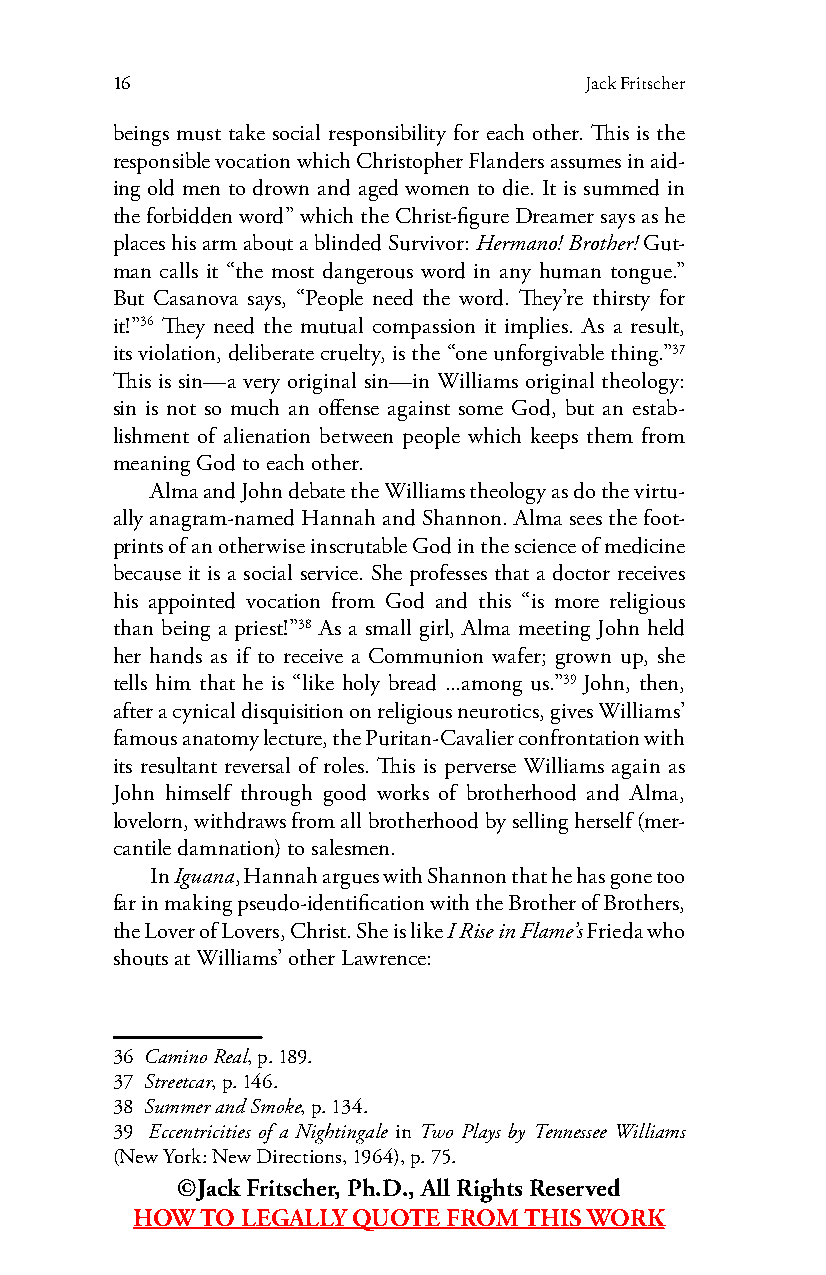
16                              Jack Fritscher
 beings must take social responsibility for each other. This is the
 responsible vocation which Christopher Flanders assumes in aid-
 ing old men to drown and aged women to die. It is summed in
 the forbidden word” which the Christ-figure Dreamer says as he
 places his arm about a blinded Survivor: Hermano! Brother! Gut-
 man calls it “the most dangerous word in any human tongue.”
 But Casanova says, “People need the word. They’re thirsty for
 it!”36 They need the mutual compassion it implies. As a result,
 its violation, deliberate cruelty, is the “one unforgivable thing.”37
 This is sin—a very original sin—in Williams original theology:
 sin is not so much an offense against some God, but an estab-
 lishment of alienation between people which keeps them from
 meaning God to each other.
 Alma and John debate the Williams theology as do the virtu-
 ally anagram-named Hannah and Shannon. Alma sees the foot-
 prints of an otherwise inscrutable God in the science of medicine
 because it is a social service. She professes that a doctor receives
 his appointed vocation from God and this “is more religious
 than being a priest!”38 As a small girl, Alma meeting John held
 her hands as if to receive a Communion wafer; grown up, she
 tells him that he is “like holy bread ...among us.”39 John, then,
 after a cynical disquisition on religious neurotics, gives Williams’
 famous anatomy lecture, the Puritan-Cavalier confrontation with
 its resultant reversal of roles. This is perverse Williams again as
 John himself through good works of brotherhood and Alma,
 lovelorn, withdraws from all brotherhood by selling herself (mer-
 cantile damnation) to salesmen.
 In Iguana, Hannah argues with Shannon that he has gone too
 far in making pseudo-identification with the Brother of Brothers,
 the Lover of Lovers, Christ. She is like I Rise in Flame’s Frieda who
 shouts at Williams’ other Lawrence:
 36 Camino Real, p. 189.
 37 Streetcar, p. 146.
 38 Summer and Smoke, p. 134.
 39 Eccentricities of a Nightingale in Two Plays by Tennessee Williams
 (New York: New Directions, 1964), p. 75.
 ©Jack Fritscher, Ph.D., All Rights Reserved
 HOW TO LEGALLY QUOTE FROM THIS WORK